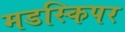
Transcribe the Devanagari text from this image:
मडस्किपर